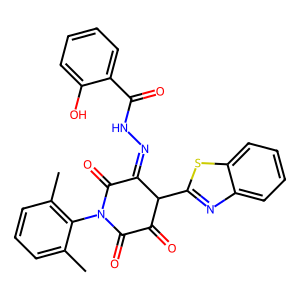
SMILES: Cc1cccc(C)c1N1C(=O)C(=O)C(c2nc3ccccc3s2)C(=NNC(=O)c2ccccc2O)C1=O
Inhibits HIV replication: No